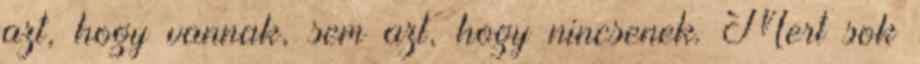
azt, hogy vannak, sem azt, hogy nincsenek. Mert sok